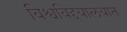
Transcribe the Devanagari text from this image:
विश्वविद्दयालयात